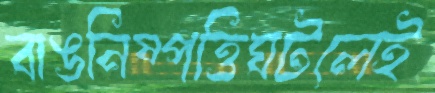
বাঙনিষ্পত্তিঘটলেই